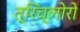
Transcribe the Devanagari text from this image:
त्रिच्लोरो